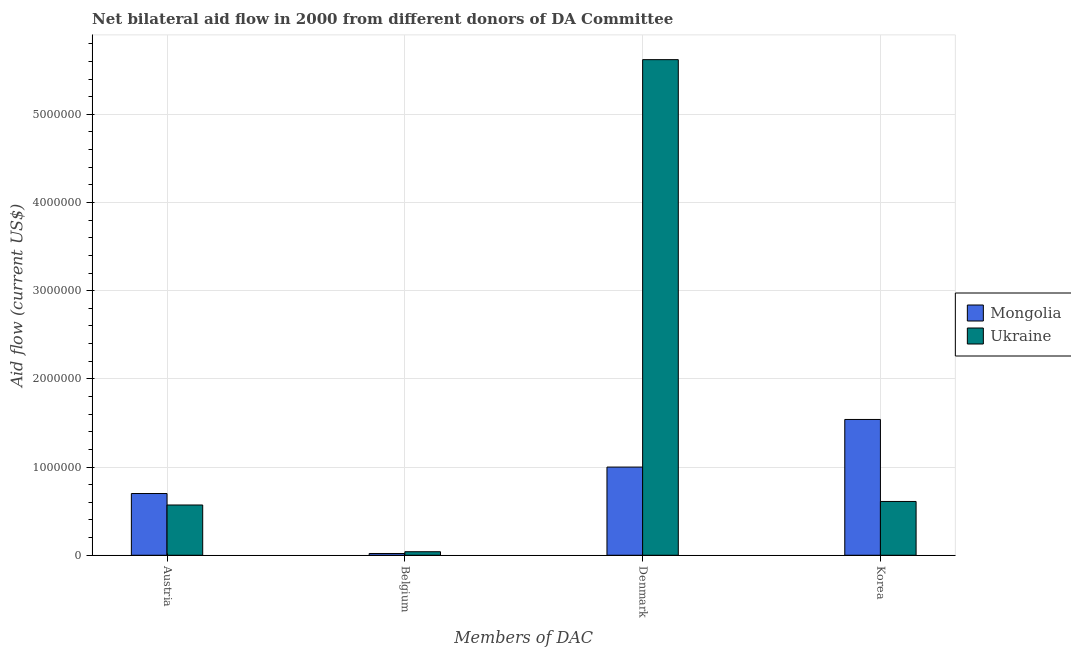
| Members of DAC | Mongolia | Ukraine |
 | --- | --- | --- |
 | Austria | 7e+05 | 5.7e+05 |
 | Belgium | 2e+04 | 4e+04 |
 | Denmark | 1e+06 | 5.62e+06 |
 | Korea | 1.54e+06 | 6.1e+05 |